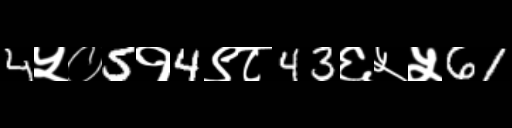
Text: 4५०5१4९८43६५५61